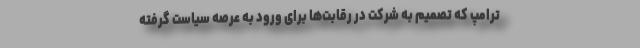
ترامپ که تصمیم به شرکت در رقابت‌ها برای ورود به عرصه سیاست گرفته